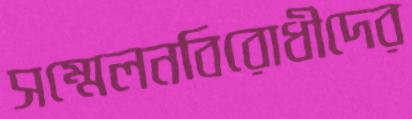
সম্মেলনবিরোধীদের